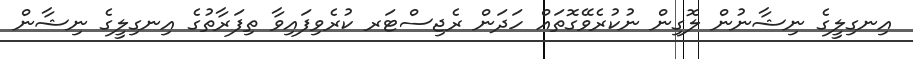
އިނގިލީގެ ނިޝާނުން ލޮގިން ނުކުރެވޭގޮތައް ހަދަން ރެޖިސްޓަރ ކުރެވިފައިވާ ތިފަރާތުގެ އިނގިލީގެ ނިޝާން